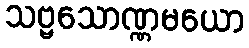
သဗ္ဗသောဏ္ဏမယော